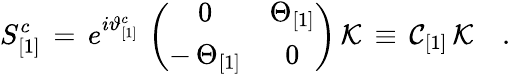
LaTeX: S_{[1]}^{c}\, =\, e^{i\vartheta_{[1]}^{c}}\, \left(\begin{array}{cc}{{0}}&{{\Theta_{[1]}}}\\ {{-\, \Theta_{[1]}}}&{{0}}\end{array}\right)\, {\cal K}\, \equiv\, {\cal C}_{[1]}\, {\cal K}\quad.